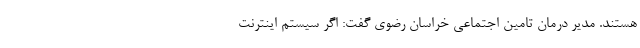
هستند. مدیر درمان تامین اجتماعی خراسان رضوی گفت: اگر سیستم اینترنت